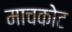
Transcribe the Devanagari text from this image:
माचकोट